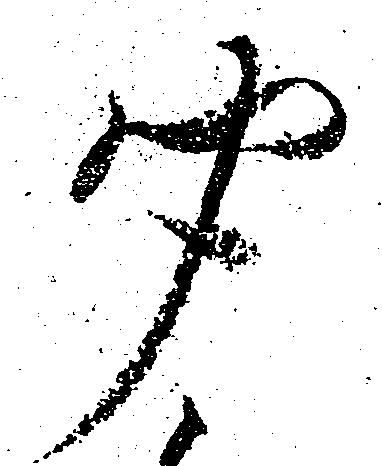
聞